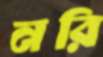
নরি